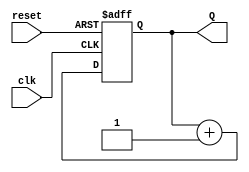
`timescale 1ns / 1ps
//////////////////////////////////////////////////////////////////////////////////
// Company: 
// 
// Design Name: 
// Module Name: up_counter
// Project Name: 
// Target Devices: 
// Tool Versions: 
// Description: 
// 
// Dependencies: 
// 
// Revision:
// Revision 0.01 - File Created
// Additional Comments:
// 
//////////////////////////////////////////////////////////////////////////////////

//counter up 2^10 = 1024
module up_counter #(parameter n = 10)(
        input clk,
        input reset,              //active low async
        output [n -1 :0] Q        //output
    );
    
    reg [n-1 : 0] Q_reg , Q_next ;
    //current_state      next_state
    always@ (posedge clk , negedge reset)
    begin
            if(!reset )
             Q_reg <= 1'b0;
            
            else
            Q_reg <= Q_next ;
    end
    
    
    always@(Q_reg)    //always@(*)
    begin

    Q_next = Q_reg + 1 ; 

    end
    
    assign Q = Q_reg;
     
endmodule